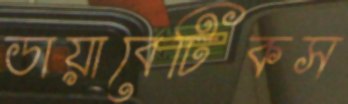
ডায়াবেটিকস